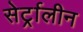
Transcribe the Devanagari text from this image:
सेर्ट्रालीन